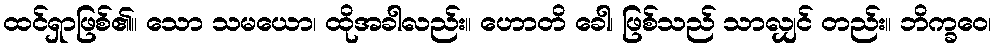
ထင်ရှာဖြစ်၏။ သော သမယော၊ ထိုအခါလည်း။ ဟောတိ ခေါ၊ ဖြစ်သည် သာလျှင် တည်း။ ဘိက္ခဝေ၊